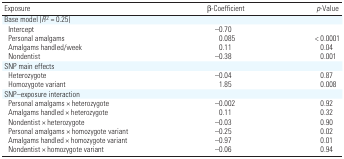
| Exposure | β-Coefficient | p-Value |
 | --- | --- | --- |
 | Base model (R2 = 0.25) |  |  |  |  |
 | Intercept |  | –0.70 |  |  |
 | Personal amalgams |  | 0.085 |  | < 0.0001 |
 | Amalgams handled/week |  | 0.11 |  | 0.04 |
 | Nondentist |  | –0.38 |  | 0.001 |
 | SNP main effects |  |  |  |  |
 | Heterozygote |  | –0.04 |  | 0.87 |
 | Homozygote variant |  | 1.85 |  | 0.008 |
 | SNP–exposure interaction |  |  |  |  |
 | Personal amalgams × heterozygote |  | –0.002 |  | 0.92 |
 | Amalgams handled × heterozygote |  | 0.11 |  | 0.32 |
 | Nondentist × heterozygote |  | –0.03 |  | 0.90 |
 | Personal amalgams × homozygote variant |  | –0.25 |  | 0.02 |
 | Amalgams handled × homozygote variant |  | –0.97 |  | 0.01 |
 | Nondentist × homozygote variant |  | –0.06 |  | 0.94 |